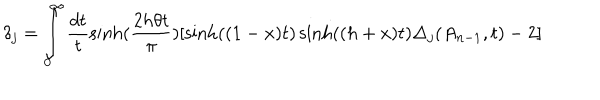
\delta _ { j } = \int _ { 0 } ^ { \infty } \frac { d t } t \sinh ( \frac { 2 h \theta t } \pi ) [ \sinh ( ( 1 - x ) t ) \sinh ( ( h + x ) t ) \Delta _ { j } ( A _ { n - 1 } , t ) - 2 ]